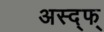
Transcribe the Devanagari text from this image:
अस्द्फ्